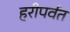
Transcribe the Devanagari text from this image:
हरीपर्वत